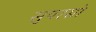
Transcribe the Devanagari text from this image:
सुपरसो